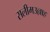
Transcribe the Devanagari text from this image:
सलीमउल्लाह